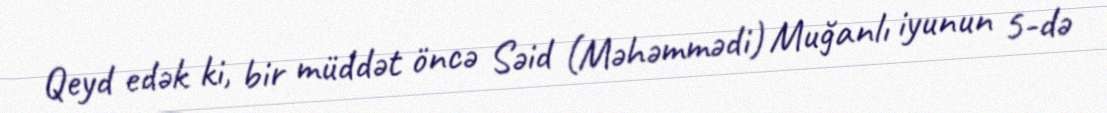
Qeyd edək ki, bir müddət öncə Səid (Məhəmmədi) Muğanlı iyunun 5-də